画像に写った文字を読んでください
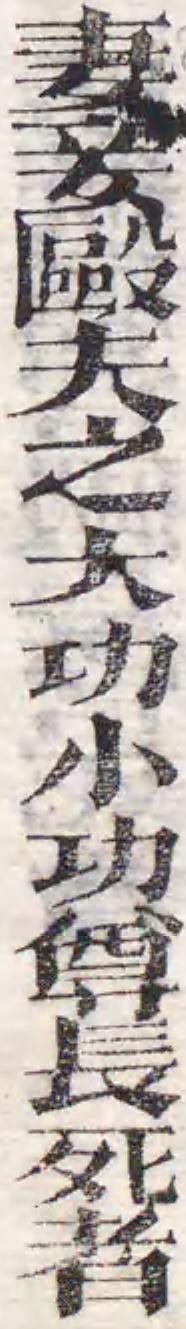
「妻妾毆夫之大功小功尊長死者」と書いてあります